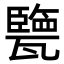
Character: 㽉